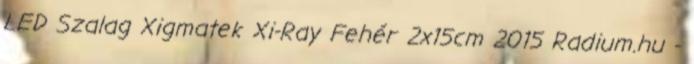
LED Szalag Xigmatek Xi-Ray Fehér 2x15cm 2015 Radium.hu -